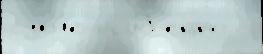
сух'и́е осо́б'енно